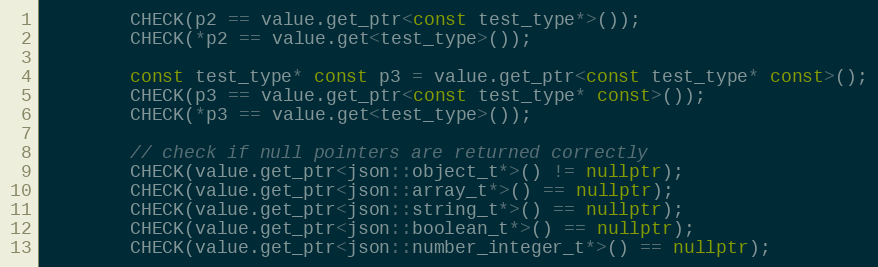
Language: C++
        CHECK(p2 == value.get_ptr<const test_type*>());
        CHECK(*p2 == value.get<test_type>());

        const test_type* const p3 = value.get_ptr<const test_type* const>();
        CHECK(p3 == value.get_ptr<const test_type* const>());
        CHECK(*p3 == value.get<test_type>());

        // check if null pointers are returned correctly
        CHECK(value.get_ptr<json::object_t*>() != nullptr);
        CHECK(value.get_ptr<json::array_t*>() == nullptr);
        CHECK(value.get_ptr<json::string_t*>() == nullptr);
        CHECK(value.get_ptr<json::boolean_t*>() == nullptr);
        CHECK(value.get_ptr<json::number_integer_t*>() == nullptr);